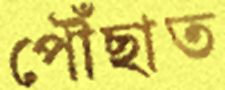
পৌঁছাত